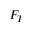
F _ { T }